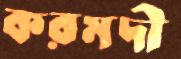
করমদী